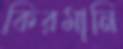
কিরমানি